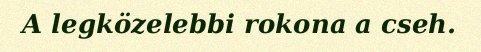
A legközelebbi rokona a cseh.